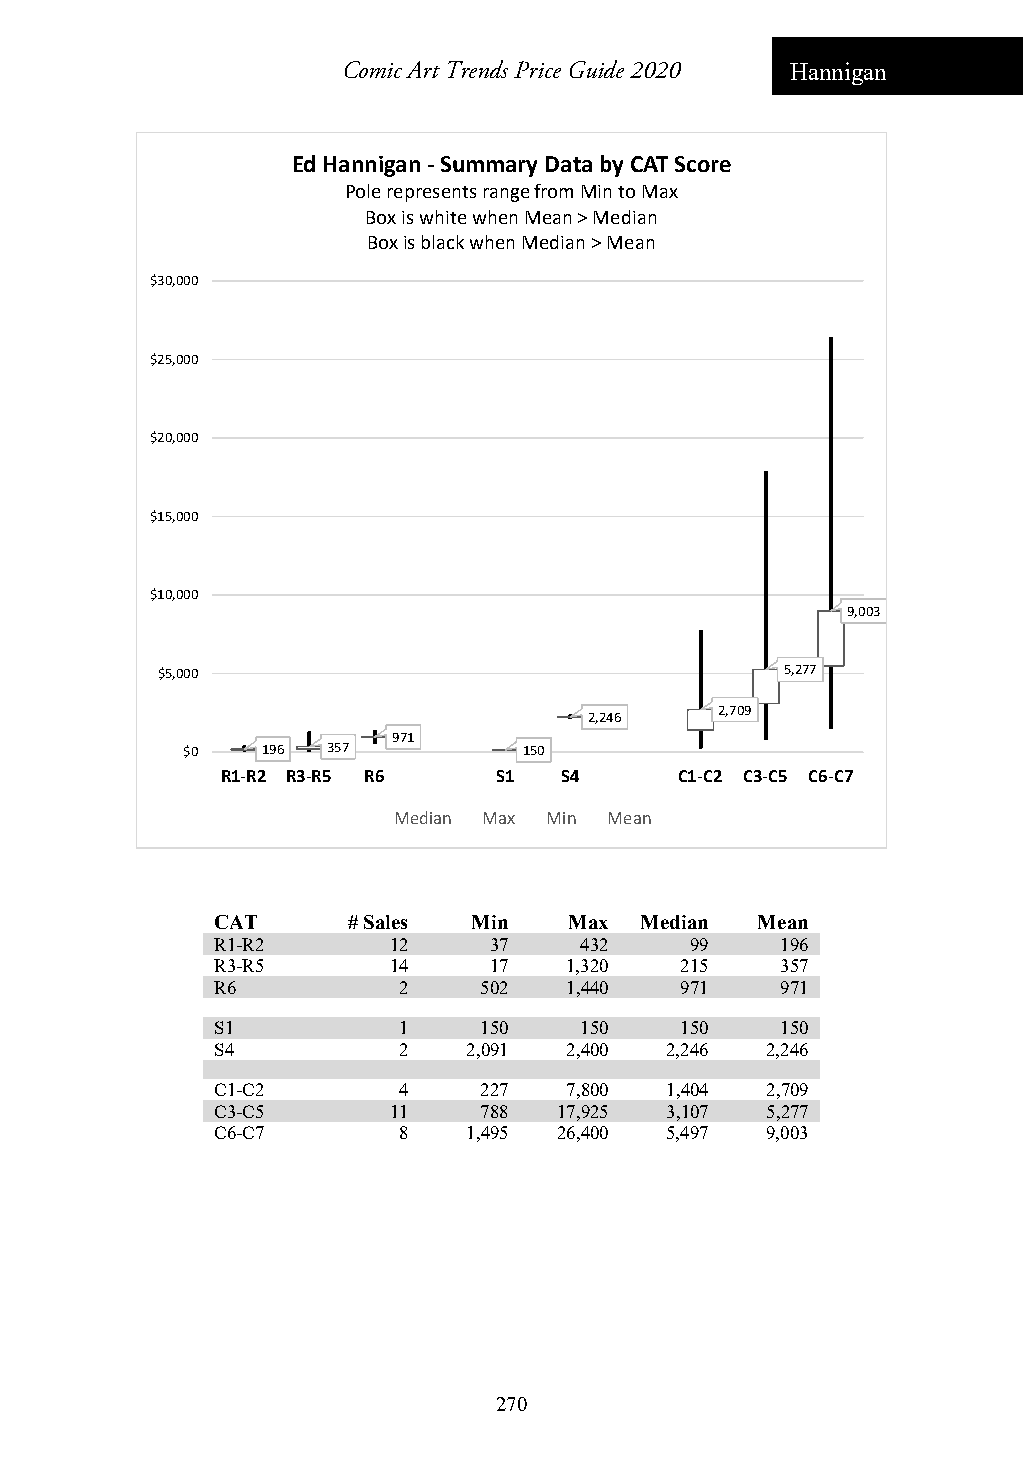
Comic Art Trends Price Guide 2020 Hannigan
 Ed Hannigan ‐Summary Data by CAT Score
 Pole represents range from Min to Max
 Box is white when Mean > Median
 Box is black when Median > Mean
 $30,000
 $25,000
 $20,000
 $15,000
 $10,000
 9,003
 $5,000                                    5,277
 2,709
 2,246
 971
 $0   196  357          150
 R1‐R2 R3‐R5 R6    S1  S4      C1‐C2 C3‐C5 C6‐C7
 Median Max Min Mean
 CAT      # Sales Min    Max Median  Mean
 R1-R2       12    37    432     99    196
 R3-R5       14    17   1,320   215    357
 R6          2     502  1,440   971    971
 S1          1     150   150    150    150
 S4          2    2,091 2,400  2,246  2,246
 C1-C2       4     227   7,800 1,404  2,709
 C3-C5       11    788  17,925 3,107  5,277
 C6-C7       8    1,495 26,400 5,497  9,003
 270